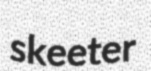
skeeter